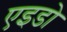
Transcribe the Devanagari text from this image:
एइडो